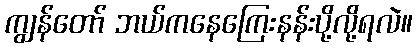
ကျွန်တော် ဘယ်ကနေကြေးနန်းပို့လို့ရလဲ။